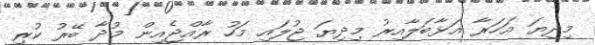
މިދިޔަ އަހަރާ އަޅާބަލާއިރު މިދިޔަ ޖުލައި މަހު ރާއްޖެއިން މުދާ ބޭރު ކުރި